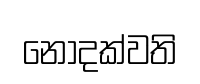
නොදක්වති